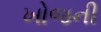
ખોજની